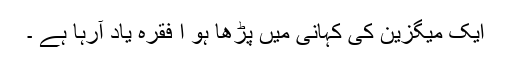
ایک میگزین کی کہانی میں پڑھا ہو ا فقرہ یاد آرہا ہے ۔